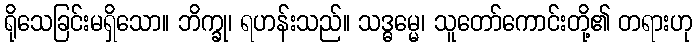
ရိုသေခြင်းမရှိသော။ ဘိက္ခု၊ ရဟန်းသည်။ သဒ္ဓမ္မေ၊ သူတော်ကောင်းတို့၏ တရားဟု